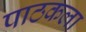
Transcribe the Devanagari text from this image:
पाठकला